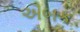
ઐબક